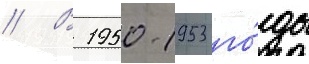
// В 1950-1953 го́ды